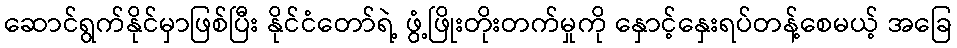
ဆောင်ရွက်နိုင်မှာဖြစ်ပြီး နိုင်ငံတော်ရဲ့ ဖွံ့ဖြိုးတိုးတက်မှုကို နှောင့်နှေးရပ်တန့်စေမယ့် အခြေ